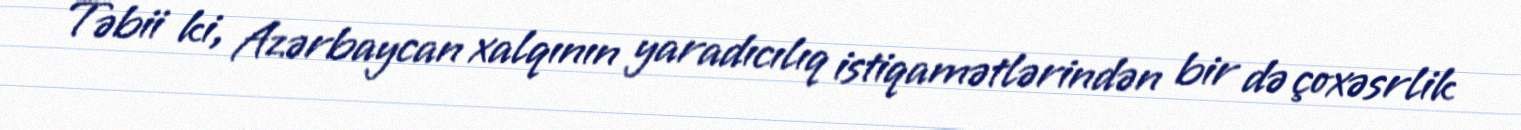
Təbii ki, Azərbaycan xalqının yaradıcılıq istiqamətlərindən bir də çoxəsrlik